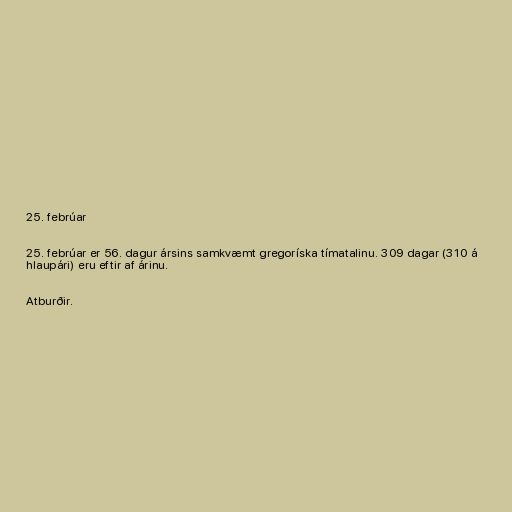
25. febrúar

25. febrúar er 56. dagur ársins samkvæmt gregoríska tímatalinu. 309 dagar (310 á
hlaupári) eru eftir af árinu.

Atburðir.